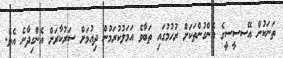
ތަނަކުން އޭސސީސީގެ އެންގުންތަކަށް ރުހުމުގައި ތަބާވެ އަމަލުކުރަމުން ދިއުމަށް ސަރުކާރަށް އެންގިދާނެ އެވެ.